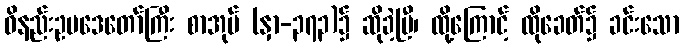
ဝိနည်းဥပဒေတော်ကြီး စာအုပ် (နှာ-၃၇၃)၌ ဆိုခဲ့ပြီ၊ ထို့ကြောင့် ထိုခေတ်၌ ခင်းသော